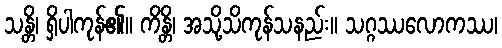
သန္တိ၊ ရှိပါကုန်၏။ ကိန္တိ၊ အသို့သိကုန်သနည်း။ သဂ္ဂဿလောကဿ၊